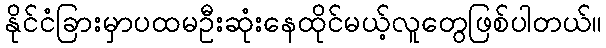
နိုင်ငံခြားမှာပထမဦးဆုံးနေထိုင်မယ့်လူတွေဖြစ်ပါတယ်။